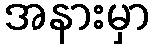
အနားမှာ